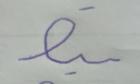
Signature authenticity: forged